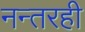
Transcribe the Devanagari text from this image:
नन्तरही